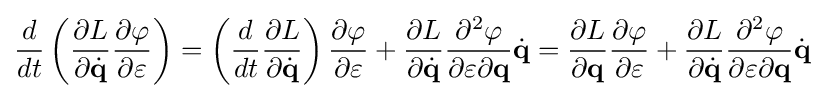
{\frac {d}{dt}}\left({\frac {\partial L}{\partial {\dot {\mathbf {q} }}}}{\frac {\partial \varphi }{\partial \varepsilon }}\right)=\left({\frac {d}{dt}}{\frac {\partial L}{\partial {\dot {\mathbf {q} }}}}\right){\frac {\partial \varphi }{\partial \varepsilon }}+{\frac {\partial L}{\partial {\dot {\mathbf {q} }}}}{\frac {\partial ^{2}\varphi }{\partial \varepsilon \partial \mathbf {q} }}{\dot {\mathbf {q} }}={\frac {\partial L}{\partial \mathbf {q} }}{\frac {\partial \varphi }{\partial \varepsilon }}+{\frac {\partial L}{\partial {\dot {\mathbf {q} }}}}{\frac {\partial ^{2}\varphi }{\partial \varepsilon \partial \mathbf {q} }}{\dot {\mathbf {q} }}